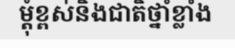
ម្តុំខ្ពស់និងជាតិថ្នាំខ្លាំង